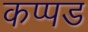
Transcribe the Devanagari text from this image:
कप्पड